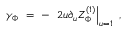
\gamma _ { \Phi } ~ = ~ - ~ \left. 2 u \partial _ { u } Z _ { \Phi } ^ { ( 1 ) } \right| _ { u = 1 } ~ ,